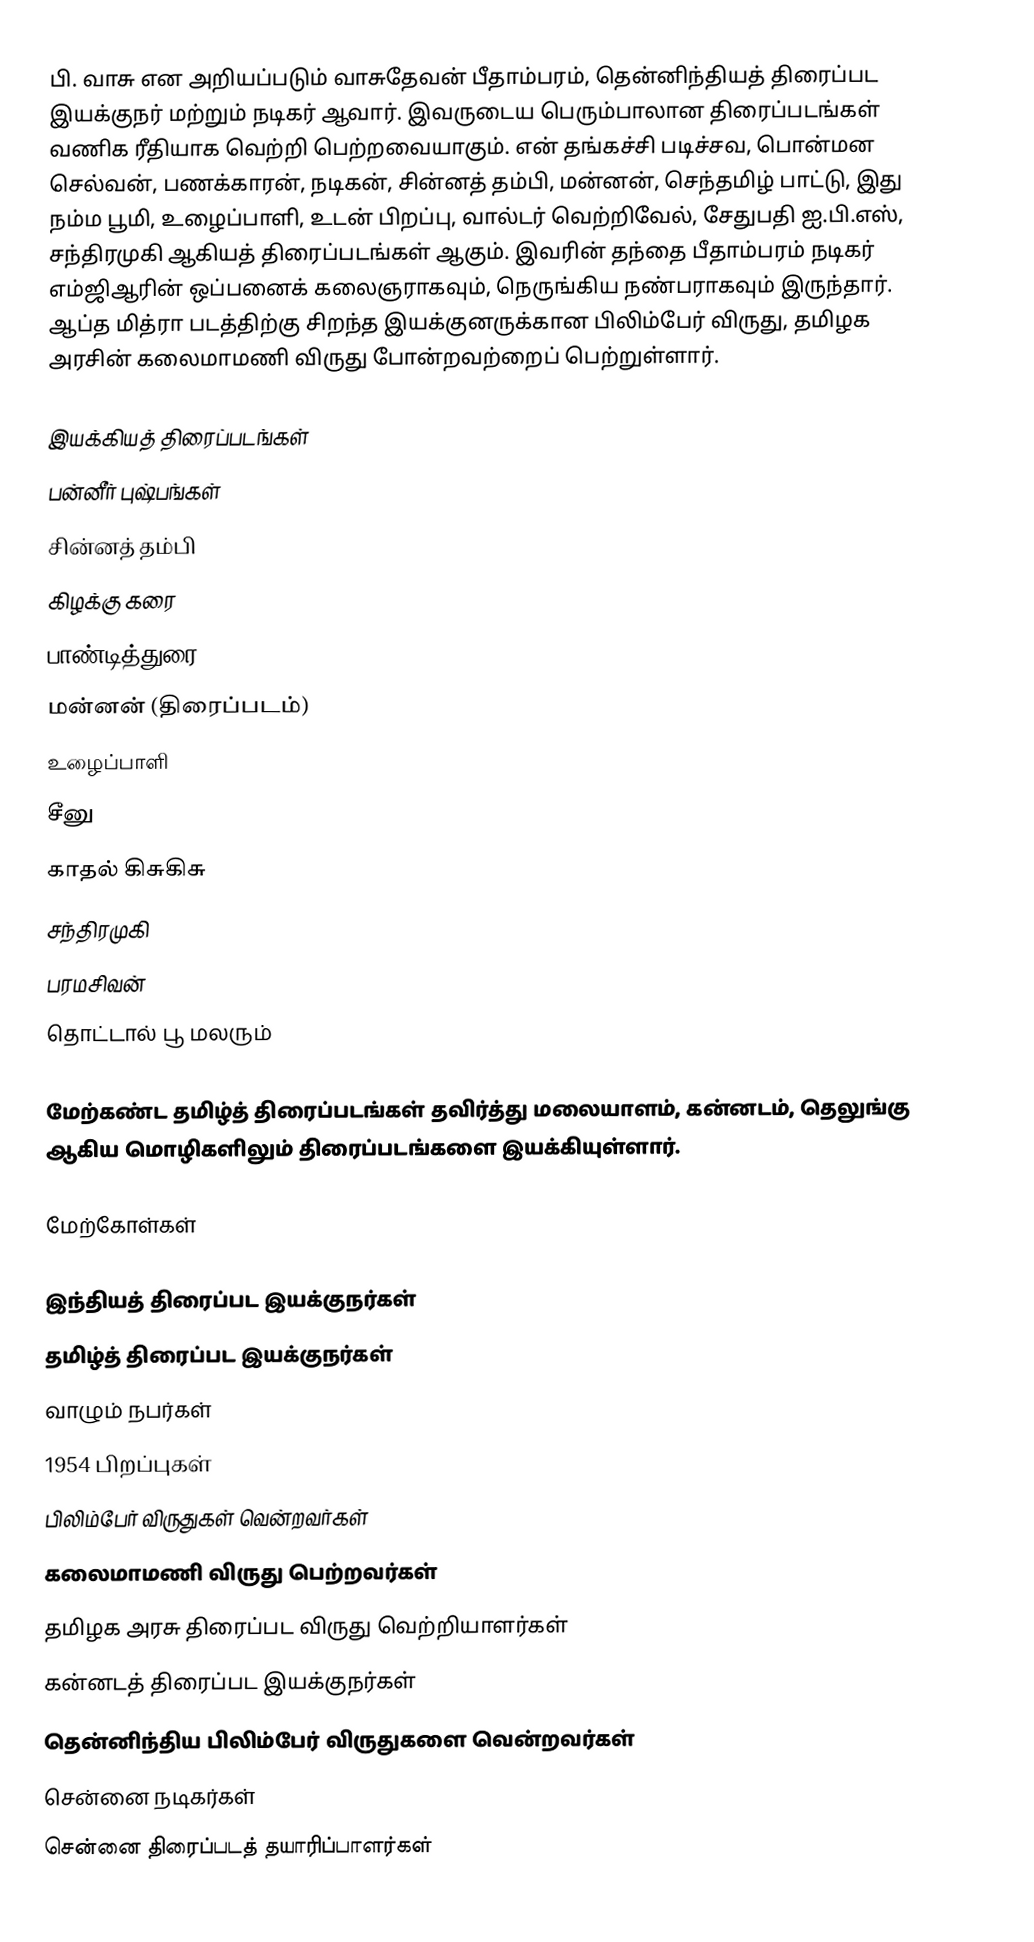
பி. வாசு என அறியப்படும் வாசுதேவன் பீதாம்பரம், தென்னிந்தியத் திரைப்பட இயக்குநர் மற்றும் நடிகர் ஆவார். இவருடைய பெரும்பாலான திரைப்படங்கள் வணிக ரீதியாக வெற்றி பெற்றவையாகும். என் தங்கச்சி படிச்சவ, பொன்மன செல்வன், பணக்காரன், நடிகன், சின்னத் தம்பி, மன்னன், செந்தமிழ் பாட்டு, இது நம்ம பூமி, உழைப்பாளி, உடன் பிறப்பு, வால்டர் வெற்றிவேல், சேதுபதி ஐ.பி.எஸ், சந்திரமுகி ஆகியத் திரைப்படங்கள் ஆகும். இவரின் தந்தை பீதாம்பரம் நடிகர் எம்ஜிஆரின் ஒப்பனைக் கலைஞராகவும், நெருங்கிய நண்பராகவும் இருந்தார். ஆப்த மித்ரா படத்திற்கு சிறந்த இயக்குனருக்கான பிலிம்பேர் விருது, தமிழக அரசின் கலைமாமணி விருது போன்றவற்றைப் பெற்றுள்ளார்.

இயக்கியத் திரைப்படங்கள்
 பன்னீர் புஷ்பங்கள்
 சின்னத் தம்பி
 கிழக்கு கரை
 பாண்டித்துரை
 மன்னன் (திரைப்படம்)
 உழைப்பாளி
 சீனு
 காதல் கிசுகிசு
 சந்திரமுகி
 பரமசிவன்
 தொட்டால் பூ மலரும்

மேற்கண்ட தமிழ்த் திரைப்படங்கள் தவிர்த்து மலையாளம், கன்னடம், தெலுங்கு ஆகிய மொழிகளிலும் திரைப்படங்களை இயக்கியுள்ளார்.

மேற்கோள்கள்

இந்தியத் திரைப்பட இயக்குநர்கள்
தமிழ்த் திரைப்பட இயக்குநர்கள்
வாழும் நபர்கள்
1954 பிறப்புகள்
பிலிம்பேர் விருதுகள் வென்றவர்கள்
கலைமாமணி விருது பெற்றவர்கள்
தமிழக அரசு திரைப்பட விருது வெற்றியாளர்கள்
கன்னடத் திரைப்பட இயக்குநர்கள்
தென்னிந்திய பிலிம்பேர் விருதுகளை வென்றவர்கள்
சென்னை நடிகர்கள்
சென்னை திரைப்படத் தயாரிப்பாளர்கள்